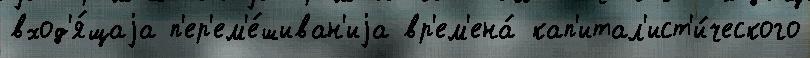
вход'я́щаjа п'ер'ем'е́шиван'иjа вр'ем'ена́ кап'итал'ист'и́ческого